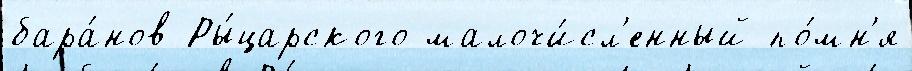
бара́нов Ры́царского малочи́сл'енный по́мн'я